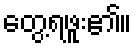
တွေ့ရဖူး၏။